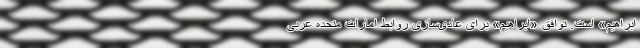
ابراهیم» است. توافق «ابراهیم» برای عادی‌سازی روابط امارات متحده عربی